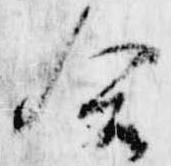
合